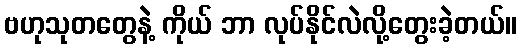
ဗဟုသုတတွေနဲ့ ကိုယ် ဘာ လုပ်နိုင်လဲလို့တွေးခဲ့တယ်။